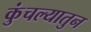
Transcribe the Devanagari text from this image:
कुंचल्यातुन